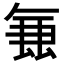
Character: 𭆢